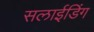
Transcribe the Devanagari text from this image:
सलाईडिंग